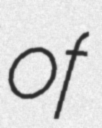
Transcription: of